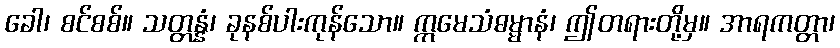
ခေါ၊ စင်စစ်။ သတ္တန္နံ၊ ခုနစ်ပါးကုန်သော။ ဣမေသံဓမ္မာနံ၊ ဤတရားတို့မှ။ အာရကတ္တာ၊